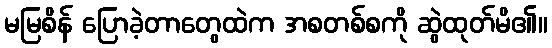
မမြစိန် ပြောခဲ့တာတွေထဲက အစတစ်စကို ဆွဲထုတ်မိ၏။